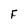
Character: F